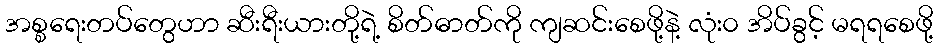
အစ္စရေးတပ်တွေဟာ ဆီးရီးယားတို့ရဲ့ စိတ်ဓာတ်ကို ကျဆင်းစေဖို့နဲ့ လုံး၀ အိပ်ခွင့် မရရစေဖို့